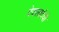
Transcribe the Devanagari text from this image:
देवलादेवी